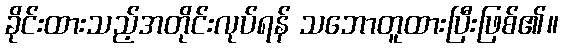
ခိုင်းထားသည့်အတိုင်းလုပ်ရန် သဘောတူထားပြီးဖြစ်၏။